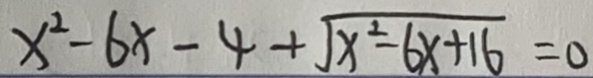
x ^ { 2 } - 6 x - 4 + \sqrt { x ^ { 2 } - 6 x + 1 6 } = 0